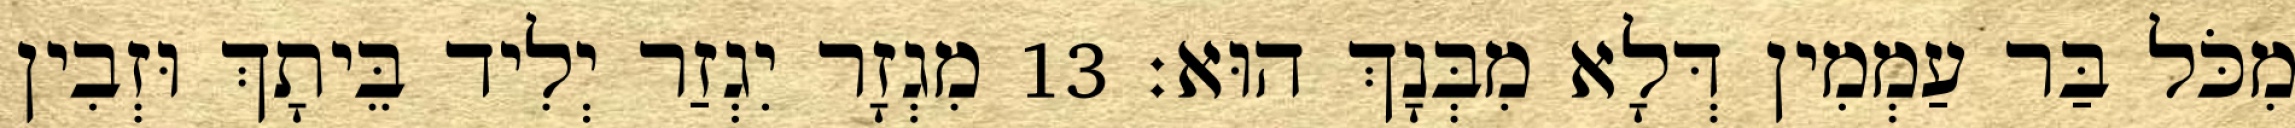
מִכֹּל בַּר עַמְמִין דְּלָא מִבְּנָךְ הוּא׃ 13 מִגְזָר יִגְזַר יְלִיד בֵּיתָךְ וּזְבִין